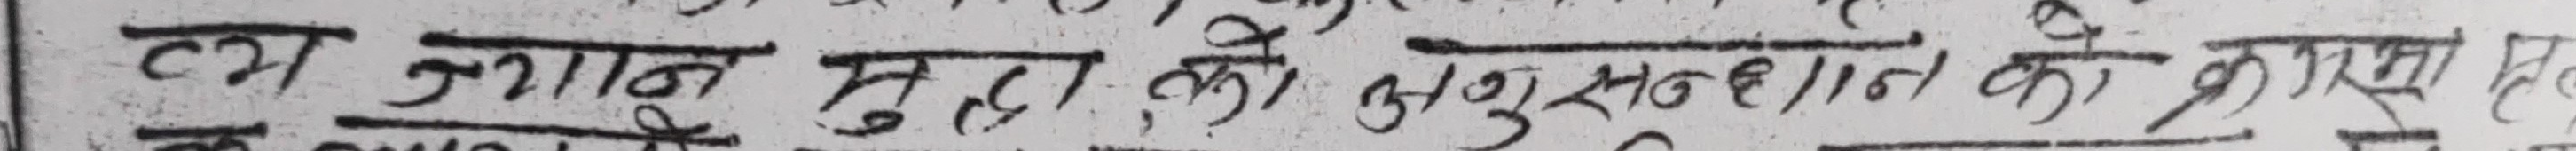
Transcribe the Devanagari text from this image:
लग ज्ञान मुलु को अनुसुहरत को क्रमाण्‌ हो